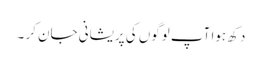
دکھ ہوا آپ لوگوں کی پریشانی جان کر ۔